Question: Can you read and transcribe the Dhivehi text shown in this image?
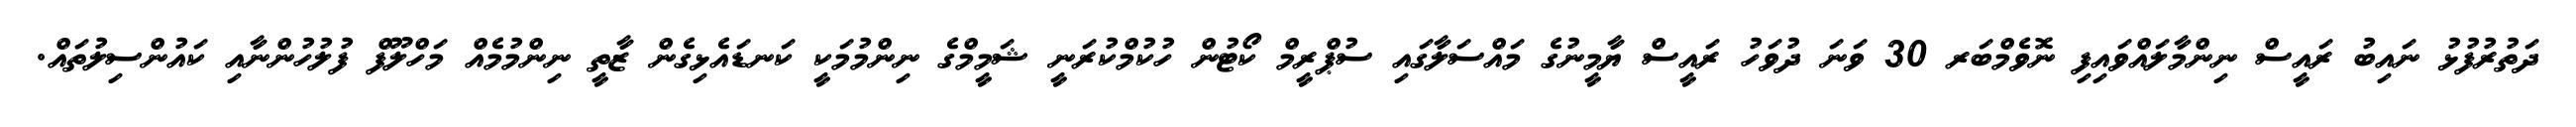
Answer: ދަތުރުފުޅު ނައިބު ރައީސް ނިންމާލައްވައިފި ނޮވެމްބަރ 30 ވަނަ ދުވަހު ރައީސް ޔާމީނުގެ މައްސަލާގައި ސުޕްރީމް ކޯޓުން ހުކުމްކުރަނީ ޝަމީމްގެ ނިންމުމަކީ ކަނޑައެޅިގެން ޒާތީ ނިންމުމެއް މަހްލޫފް ފުލުހުންނާއި ކައުންސިލުތައް.